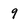
Character: 9